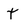
Character: T